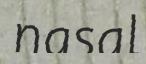
nasal